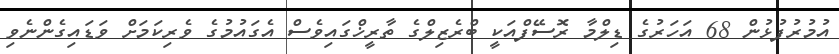
އުމުރުފުޅުން 68 އަހަރުގެ ޑިލްމާ ރޮސޭފްއަކީ ބްރެޒިލްގެ ތާރީޚްގައިވެސް އެގައުމުގެ ވެރިކަމަށް ވަޑައިގެންނެވި